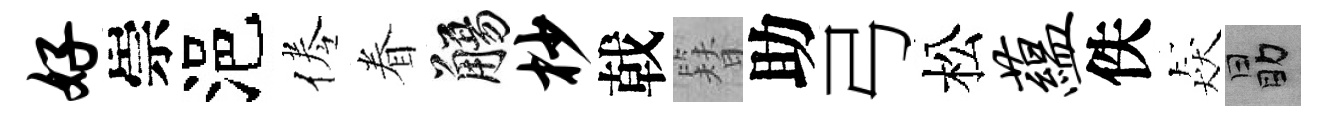
好崇浥倦眷觴杪戟簪助弓松蕴佚猋勗